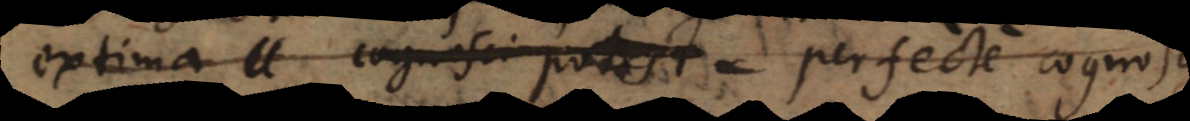
extima cognosci potest. perfecte cognosci